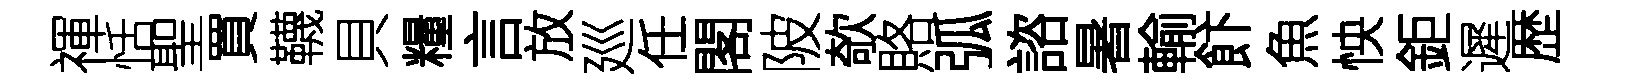
禈恬聖買韈貝糧言放廵任閣陂欹賂弧諮暑輸飰魚怏鉅遲歴